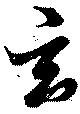
玄